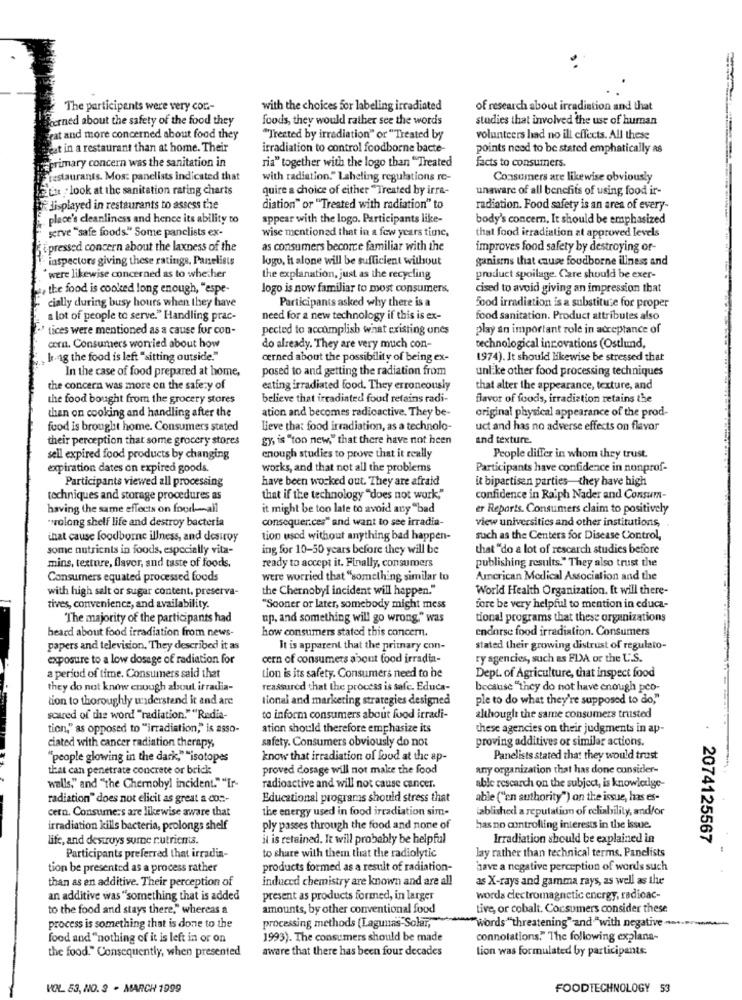
The participants were very con .-
with the choices for labeling irradiated
of research about irradiation and that
corned about the safety of the food they
foods, they would rather see the words
studies that involved the use of human
Feat and more concerned about food they
"Trected by irradiation" or "Treated by
volunteers had no ill effects. All these
eat in a restaurant than at home. Their
irradiation to control foodborne bacte-
points need to be stated emphatically as
is primary concern was the sanitation in
ria" together with the logo than "Treated
facts to consumers.
restaurants. Mos: panelists indicated that
with radiation." Laheling regulations re-
Consumers are likewise obviously
Ett . look at the sanitation rating charts
quire a choice of either "Treated by irre-
unaware of all benefits of using food ir-
displayed in restaurants to assess the
diation" or "Treated with radiation" to
radiation. Food safety is an area of every-
place's cleanliness and hence its ability to
appear with the logo. Participants like-
body's concern, It should be emphasized
wise mentioned that in a few years time,
that food irradiation at approved levels
serve"safe foods." Some panclists ex-
fipressed concern about the laxness of the
as consumers becorce familiar with the
improves food safety by destroying or-
inspectors giving these ratings. Panelists
logo, it alone will be sufficient without
ganisms that cause foodborne iliness and
were likewise concerned as to whether
the explanation, just as the recycling
product spoilage. Care should be exer-
the food is cooked long enough, "espe-
Jogo is now familiar to most consumers.
cised to avoid giving an impression that
Participants asked why there is a
cially during busy hours when they have
Food irradiation is a substitute for proper
a lot of people to serve." Handling prac-
need for a new technology if this is ex-
food sanitation. Product attributes also
tices were mentioned as a cause for con-
pected to accomplish what existing ones
play an important role in acceptance of
cnn. Consumers worried about how
do already. They are very much con-
technological innovations (Ostlund,
[r ng the food is left "sitting outside."
cerned about the possibility of being ex-
1974). It should likewise be stressed that
In the case of food prepared at home,
posed to and getting the radiation from
unlike other food processing techniques
the concern was more on the safety of
eating irradiated food. They erroneously
that alter the appearance, texture, and
the food bought from the grocery stores
believe that irradiated food retains radi-
flavor of foods, irradiation retains the
ation and becomes radioactive. They be-
original physical appearance of the prod-
than on cooking and handling after the
food is brought home. Consumers stated
Lieve that food irradiation, as a technolo-
uct and has no adverse effects on flavor
their perception that some grocery stores
gy, is "too new," that there have not been
and texture.
sell expired food products by changing
enough studies to prove that it really
People differ in whom they trust.
expiration dates on expired goods.
works, and that not all the problems
Participants have confidence in nonprof-
Participants viewed all processing
have been worked out. They are afraid
It bipartisen parties-they have high
techniques and storage procedures as
that if the technology "does not work,"
confidence in Ralph Nader and Consum-
having the same effects on food -- all
it might be too late to avoid any "bad
er Reports. Consumers claim to positively
"volong shelf life and destroy bacteria
consequences" and want to see irradia-
view universities and other institutions,
that cause foodborne illness, and destroy
tion used without anything bad happen-
such as the Centers for Disease Control,
some nutrients in foods, especially vita-
ing for 10-50 years before they will be
that "do a lot of rescarch studies before
mins, texture, flavor, and taste of foods.
publishing results." They also trust the
ready to accept it. Finally, consumers
Consumers equated processed foods
were worried that "something similar to
American Medical Association and the
with high salt or sugar content. preserva-
the Chernobyl incident will happen."
World Health Organization. It will there-
tives, convenience, and availability.
"Sooner or later, somebody might mess
fore be very helpful to mention in educa-
The majority of the participants had
up. and something will go wrong." was
tional programs that these organizations
heard about food irradiation from news-
how consumers stated this concern.
endorse food irradiation. Consumers
papers and television. They described it as
It is apparent that the primary con-
stated their growing distrust of regulato-
exposure to a low dosage of radiation for
cern of consumers about food irradia-
ry agencies, such as FDA or the U.S.
a period of time. Consumers said that
ion is its safety. Consumers need to be
Dept. of Agriculture, that inspect food
they do not know enough about irradia-
reassured that the process is safe. Educa-
because "they do not have enough pco-
tion to thoroughly understand it and are
tional and marketing strategies designed
ple to do what they're supposed to do,"
scared of the word "radiation.""Redia-
to inform consumers about food irradi-
although the same consumers trusted
tion," as opposed to "irradiation," is asso-
ation should therefore emphasize its
these agencies on their judgments in ap-
safety. Consumers obviously do not
proving additives or similar actions.
ciated with cancer radiation therapy
"people glowing in the dark," "isotopes
know that irradiation of food at the ap-
Panelists stated that they would trust
that can penetrate concrete or brick
proved dosage will not make the food
any organization that has done consider-
walls," and "the Chernobyl incident.""Ir-
radioactive and will not cause cancer.
able rescarch on the subject, is knowledge-
radiation" does not elicit as great a con-
Educational programs should stress that
able ("en authority") on the issue, has es-
cern. Consumers are likewise aware that
the energy used in food irradiation sim-
iablished a reputation of reliability, andfor
irradiation kills bacteria, prolongs shelf
ply passes through the food and none of
has no controlling interests in the issue.
life, and destroys sure r.utrients.
il is retained. It will probably be helpful
Irradiation should be explained in
2074125567
Participants preferred that irradia-
to share with them that the radiolytic
lay rather than technical terms, Panelists
tion be presented as a process rather
products formed as a result of radiation-
have a negative perception of words such
than as en additive. Their perception of
induced chemistry are known and are all
as X-rays and gamma rays, as well as the
an additive was "something that is added
present as products formed, in larger
words electromagnetic energy, radioac-
to the food and stays there," whereas a
amounts, by other conventional food
tive, or cobalt. Consumers consider these
processing methods (Lagunas Solar,
process is something that is done to the
"words "threatening" and "with negative ......
food and "nothing of it is left in or on
1993). The consumers should be made
connotations." The following explana-
the food." Consequently, when presented
aware that there has been four decades
tion was formulated by participants:
VOL 53, NO. 3 . MARCH 1999
FOODTECHNOLOGY 53